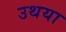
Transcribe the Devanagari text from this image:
उथया